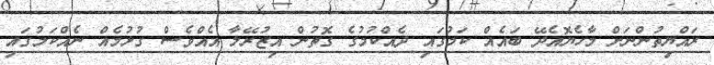
ރައްޔިތުންނަށް މާހެޔޮއެދޭ ބައެއް ކަމުގައި ދެއްކުމުގެ ގޮތުން އިޒުރޭލާ އެއްވެސް ގުޅުމެއް ނެއްކަމުގައި